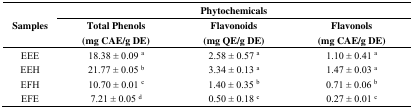
<table><thead><tr><td rowspan="2"><b>Samples</b></td><td colspan="3"><b>Phytochemicals</b></td></tr><tr><td><b>Total Phenols (mg CAE/g DE)</b></td><td><b>Flavonoids (mg QE/g DE)</b></td><td><b>Flavonols (mg CAE/g DE)</b></td></tr></thead><tbody><tr><td>EEE</td><td>18.38 ± 0.09 <sup>a</sup></td><td>2.58 ± 0.57 <sup>a</sup></td><td>1.10 ± 0.41 <sup>a</sup></td></tr><tr><td>EEH</td><td>21.77 ± 0.05 <sup>b</sup></td><td>3.34 ± 0.13 <sup>a</sup></td><td>1.47 ± 0.03 <sup>a</sup></td></tr><tr><td>EFH</td><td>10.70 ± 0.01 <sup>c</sup></td><td>1.40 ± 0.35 <sup>b</sup></td><td>0.71 ± 0.06 <sup>b</sup></td></tr><tr><td>EFE</td><td>7.21 ± 0.05 <sup>d</sup></td><td>0.50 ± 0.18 <sup>c</sup></td><td>0.27 ± 0.01 <sup>c</sup></td></tr></tbody></table>